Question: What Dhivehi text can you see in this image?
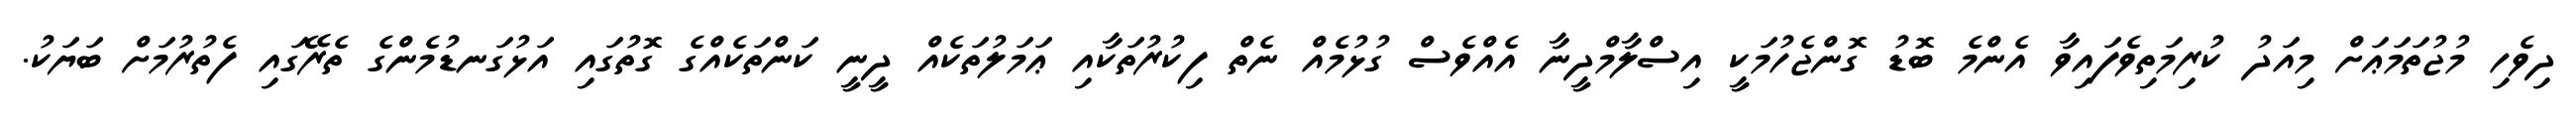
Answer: ދިވެހި މުޖުތަމަޢަށް މިއަދު ކުރިމަތިވެފައިވާ އެންމެ ބޮޑު ގޮންޖެހުމަކީ އިސްލާމްދީނާ އެއްވެސް ގުޅުމެއް ނެތް ފިކުރުތަކާއި ޢަމަލުތަކެއް ދީނީ ކަންތަކެއްގެ ގޮތުގައި އަޅުގަނޑުމެންގެ ތެރޭގައި ފެތުރުމަށް ބަޔަކު.